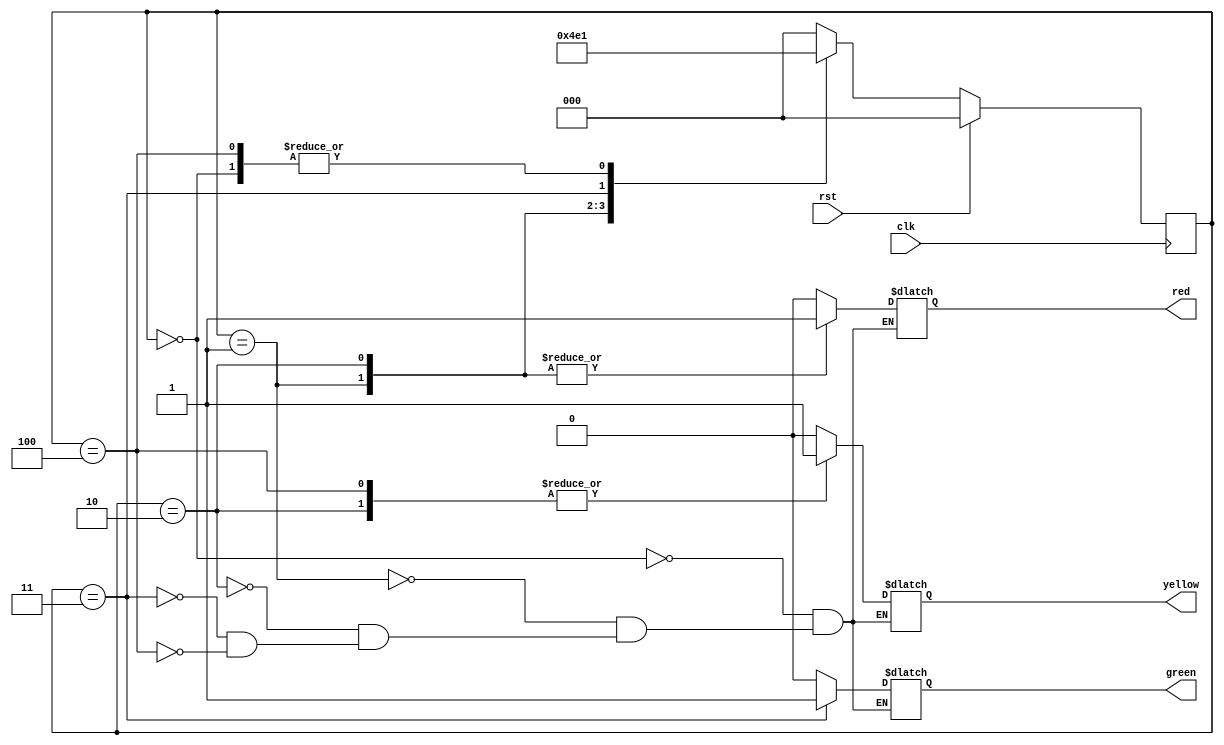
/*

Design a One-Way Traffic Control System:
> On RESET every light would be LOW
> RED light will remain HIGH for 30s after that YELLOW light would be HIGH
> YELLOW light will remain HIGH for 3s along with RED light after that GREEN light would be HIGH
> GREEN light will remain HIGH for 30s after that YELLOW light would be HIGH
> YELLOW light will remain HIGH for 3s after that RED light would be HIGH

*/

module task3_challenge (
    input clk,
    input rst,
    output reg red,
    output reg yellow,
    output reg green
);
    
    localparam DISABLE = 3'b000;
    localparam STOP = 3'b001;
    localparam READY_TO_GO = 3'b010;
    localparam GO = 3'b011;
    localparam READY_TO_STOP = 3'b100;

    reg [2:0] current_state, next_state;
    
    always @(posedge clk) begin
        if (rst) begin
            current_state <= DISABLE;
        end
        else begin
            current_state <= next_state;
        end
    end

    always @(*) begin
        case (current_state)
            DISABLE: begin
                red = 0;
                yellow = 0;
                green = 0;
                next_state <= STOP;
            end
            STOP: begin
                red = 1;
                yellow = 0;
                green = 0;
                next_state = READY_TO_GO;
            end
            READY_TO_GO: begin
                red = 1;
                yellow = 1;
                green = 0;
                next_state = GO;
            end
            GO: begin
                red = 0;
                yellow = 0;
                green = 1;
                next_state = READY_TO_STOP;
            end
            READY_TO_STOP: begin
                red = 0;
                yellow = 1;
                green = 0;
                next_state = STOP;
            end
            default: next_state <= DISABLE;
        endcase
    end

endmodule